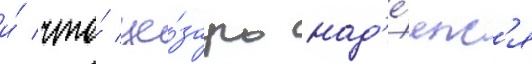
и́ что́ це́зарь над'е́ялс'я